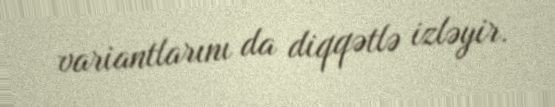
variantlarını da diqqətlə izləyir.